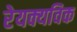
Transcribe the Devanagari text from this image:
रेयक्यविक